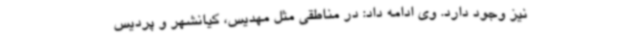
نیز وجود دارد. وی ادامه داد: در مناطقی مثل مهدیس، کیانشهر و پردیس